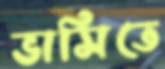
ভাসিতে